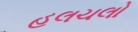
હલચલો